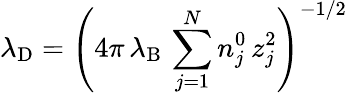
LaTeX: \lambda_{\mathrm{{D}}}=\left(4\pi\, \lambda_{\mathrm{{B}}}\, \sum_{j=1}^{N}n_{j}^{0}\, z_{j}^{2}\right)^{-1/2}